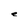
Character: e